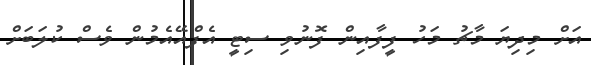
އަށް މިދިޔަ މާޗު މަހު ފީފާއިން ފޮނުވި ސިޓީ އެފްއޭއެމުން ވެސް ކުލަބަށް